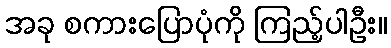
အခု စကားပြောပုံကို ကြည့်ပါဦး။